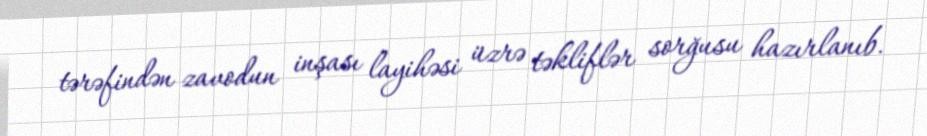
tərəfindən zavodun inşası layihəsi üzrə təkliflər sorğusu hazırlanıb.